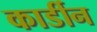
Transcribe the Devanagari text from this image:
कार्डीन